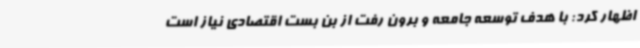
اظهار کرد: با هدف توسعه جامعه و برون رفت از بن بست اقتصادی نیاز است